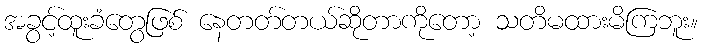
အခွင့်ထူးခံတွေဖြစ် နေတတ်တယ်ဆိုတာကိုတော့ သတိမထားမိကြဘူး။